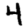
Digit: 4